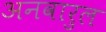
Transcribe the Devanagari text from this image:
अनवारुल